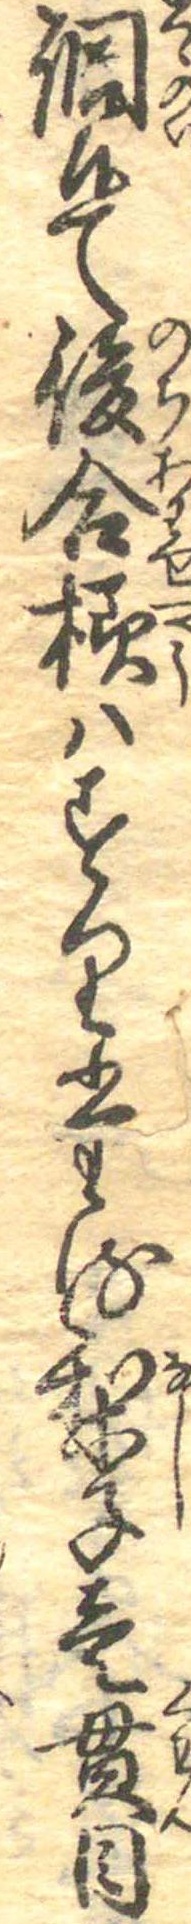
調候て後合様はすりたる梨子壱貫目